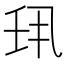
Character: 𫡖